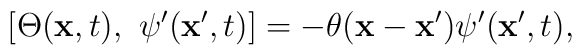
\left[\Theta({\bf x}, t), ~\psi'({\bf x}', t)\right]=-\theta({\bf x}-{\bf x}')\psi'({\bf x}',t),